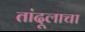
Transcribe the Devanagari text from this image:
तांदूलाचा